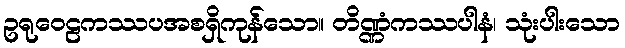
ဥရုဝေဠကဿပအစရှိကုန်သော။ တိဏ္ဏံကဿပါနံ၊ သုံးပါးသော